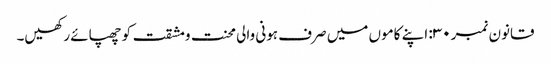
قانون نمبر ۳۰: اپنے کاموں میں صرف ہونی والی محنت ومشقت کو چھپائے رکھیں۔